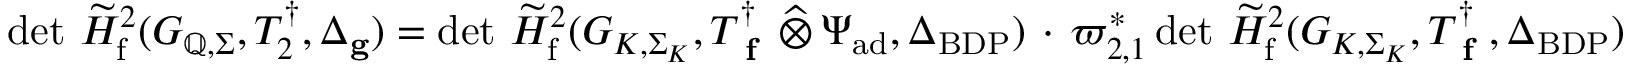
\operatorname* { d e t } \, \widetilde { H } _ { \mathrm { f } } ^ { 2 } ( G _ { \mathbb { Q } , \Sigma } , T _ { 2 } ^ { \dagger } , \Delta _ { \mathbf { g } } ) = \operatorname* { d e t } \, \widetilde { H } _ { \mathrm { f } } ^ { 2 } ( G _ { K , \Sigma _ { K } } , T _ { \textup { \bf f } } ^ { \dagger } \, \widehat \otimes \, \Psi _ { \mathrm { a d } } , \Delta _ { \mathrm { B D P } } ) \, \cdot \, \varpi _ { 2 , 1 } ^ { * } \operatorname* { d e t } \, \widetilde { H } _ { \mathrm { f } } ^ { 2 } ( G _ { K , \Sigma _ { K } } , T _ { \textup { \bf f } } ^ { \dagger } , \Delta _ { \mathrm { B D P } } )